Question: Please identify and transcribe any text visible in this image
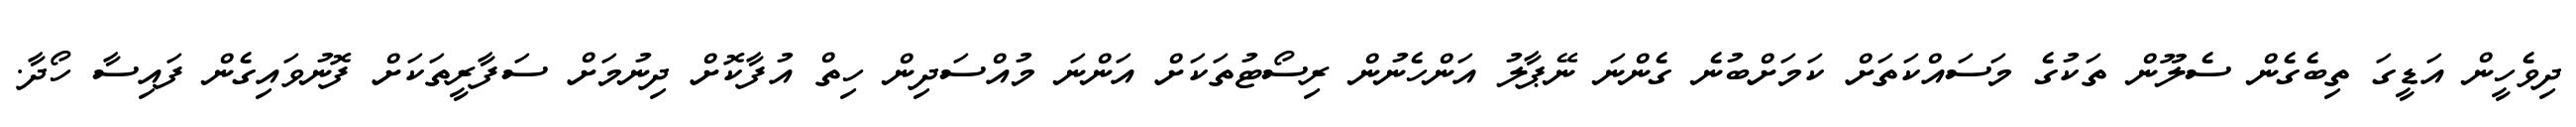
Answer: ދިވެހީން އަޑީގަ ތިބެގެން ސެލޫން ތަކުގެ މަސައްކަތަށް ކަމަށްބުނެ ގެންނަ ނޭޕާލު އަންހެނުން ރިސޯޓުތަކަށް އަންނަ މުއްސަދިން ހިތް އުފާކޮށް ދިނުމަށް ސަފާރީތަކަށް ފޮނުވައިގެން ފައިސާ ހޯދާ.